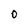
Character: O